Annual vaccination report of Bihar and Orissa - 1911-1928
Year: 1911
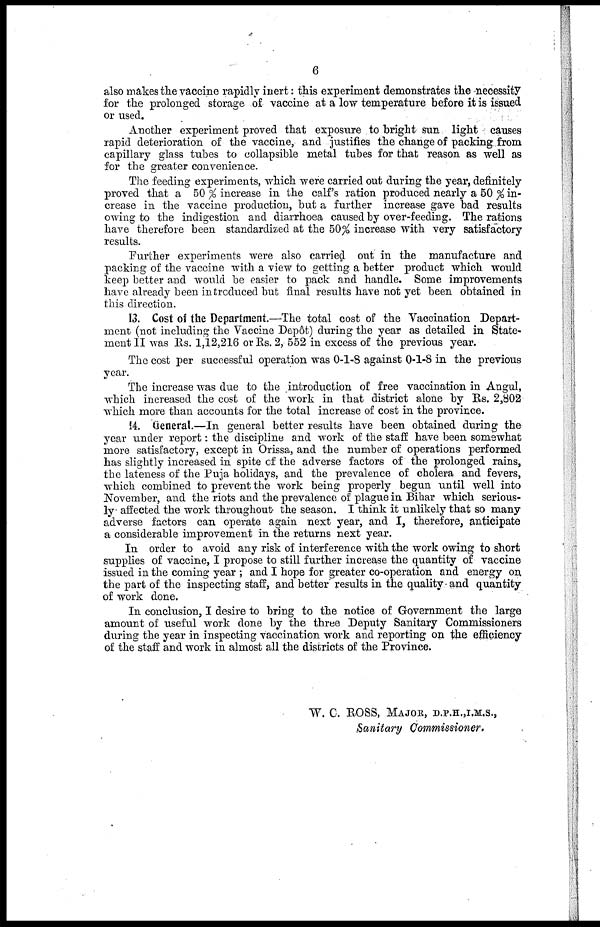
6
also makes the vaccine rapidly inert: this experiment demonstrates the necessity
for the prolonged storage of vaccine at a low temperature before it is issued
or used.
Another experiment proved that exposure to bright sun light causes
rapid deterioration of the vaccine, and justifies the change of packing, from
capillary glass tubes to collapsible metal tubes for that reason as well as
for the greater convenience.
The feeding experiments, which were carried out during the year, definitely
proved that a 50 % increase in the calf's ration produced nearly a 50 % in-
crease in the vaccine production, but a further increase gave bad results
owing to the indigestion and diarrhoea caused by over-feeding. The rations
have therefore been standardized at the 50% increase with very satisfactory
results.
Further experiments were also carried out in the manufacture and
packing of the vaccine with a view to getting a better product which would
keep better and would be easier to pack and handle. Some improvements
have already been introduced but final results have not yet been obtained in
this direction.
13. Cost of the Department.—The total cost of the Vaccination Depart-
ment (not including the Vaccine Depôt) during the year as detailed in State-
ment II was Rs. 1,12,216 or Rs. 2, 552 in excess of the previous year.
The cost per successful operation was 0-1-8 against 0-1-8 in the previous
year.
The increase was due to the introduction of free vaccination in Angul,
which increased the cost of the work in that district alone by Rs. 2,802
which more than accounts for the total increase of cost in the province.
14. General.—In general better results have been obtained during the
year under report: the discipline and work of the staff have been somewhat
more satisfactory, except in Orissa, and the number of operations performed
has slightly increased in spite of the adverse factors of the prolonged rains,
the lateness of the Puja holidays, and the prevalence of cholera and fevers,
which combined to prevent the work being properly begun until well into
November, and the riots and the prevalence of plague in Bihar which serious-
ly affected the work throughout the season. I think it unlikely that so many
adverse factors can operate again next year, and I, therefore, anticipate
a considerable improvement in the returns next year.
In order to avoid any risk of interference with the work owing to short
supplies of vaccine, I propose to still further increase the quantity of vaccine
issued in the coming year ; and I hope for greater co-operation and energy on
the part of the inspecting staff, and better' results in the quality and quantity
of work done.
In conclusion, I desire to bring to the notice of Government the large
amount of useful work done by the three Deputy Sanitary Commissioners
during the year in inspecting vaccination work and reporting on the efficiency
of the staff and work in almost all the districts of the Province.
W. C. ROSS, MAJOR, D.P.H.,I,M.S.,
Sanitary Commissioner.